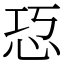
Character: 㤍